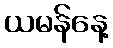
ယမန်နေ့